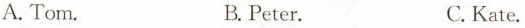
A. Tom. B.Peter. C.Kate.